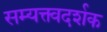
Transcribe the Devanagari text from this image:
सम्यक्त्वदर्शक